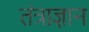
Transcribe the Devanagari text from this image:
तंत्राज्ञान